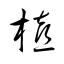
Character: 橲